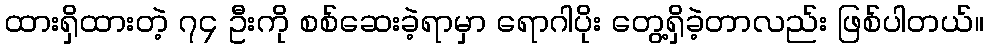
ထားရှိထားတဲ့ ၇၄ ဦးကို စစ်ဆေးခဲ့ရာမှာ ရောဂါပိုး တွေ့ရှိခဲ့တာလည်း ဖြစ်ပါတယ်။